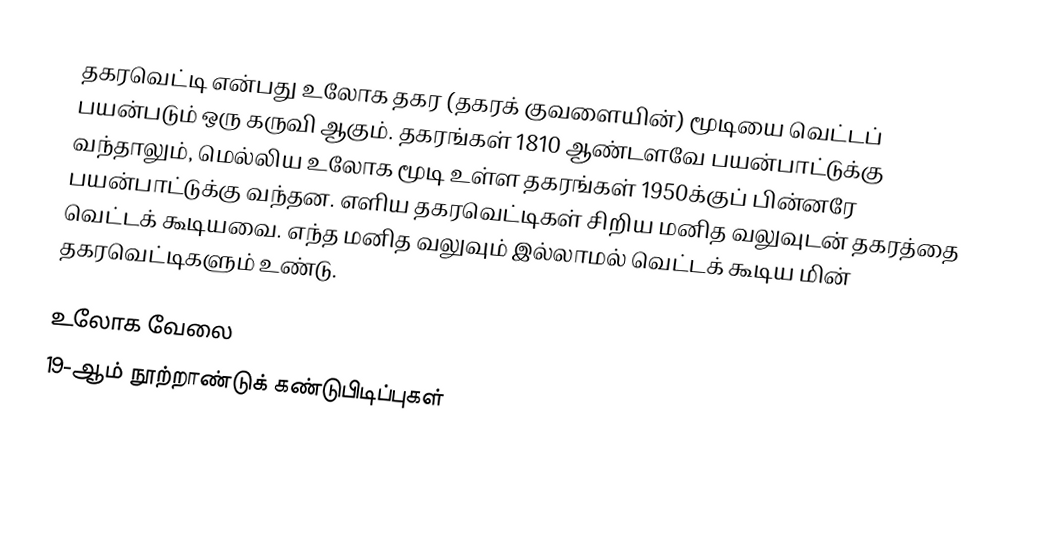
தகரவெட்டி என்பது உலோக தகர (தகரக் குவளையின்) மூடியை வெட்டப் பயன்படும் ஒரு கருவி ஆகும். தகரங்கள் 1810 ஆண்டளவே பயன்பாட்டுக்கு வந்தாலும், மெல்லிய உலோக மூடி உள்ள தகரங்கள் 1950க்குப் பின்னரே பயன்பாட்டுக்கு வந்தன. எளிய தகரவெட்டிகள் சிறிய மனித வலுவுடன் தகரத்தை வெட்டக் கூடியவை. எந்த மனித வலுவும் இல்லாமல் வெட்டக் கூடிய மின் தகரவெட்டிகளும் உண்டு.

உலோக வேலை
19-ஆம் நூற்றாண்டுக் கண்டுபிடிப்புகள்